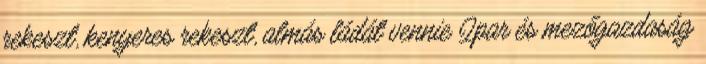
rekeszt, kenyeres rekeszt, almás ládát vennie Ipar és mezőgazdaság